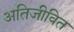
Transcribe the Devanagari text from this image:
अतिजीवित